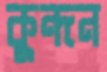
কুন্দন